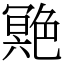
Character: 䒌